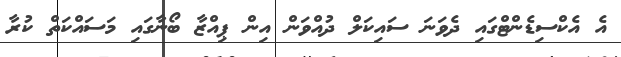
އެ އެކްސިޑެންޓްގައި ދެވަނަ ސައިކަލް ދުއްވަން އިން ޕިއްޒާ ބޯނާގައި މަސައްކަތް ކުރާ